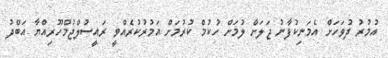
އުމުރު ދުވަހަށް އެމަނިކުފާނު ޖަލަށް ލުމަށް ހުކުމް ކުރުމަށް އަމުރުކުރެއްވީ ރައީސުލްޖުމްހޫރިއްޔާ އަބްދު